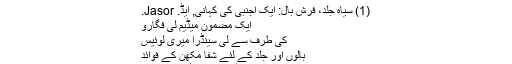
"
(1) سیاہ جلد، فرش بال: ایک اجنبی کی کہانی, ایڈ. Jasor.
ایک مضمون میڈیم لی فگارو
کی طرف سے لی سینڈرا میری لوئیس
بالوں اور جلد کے لئے شفا مکھن کے فوائد
افریقی ایچ ڈی فلمز (ویڈیوز) دیکھیں